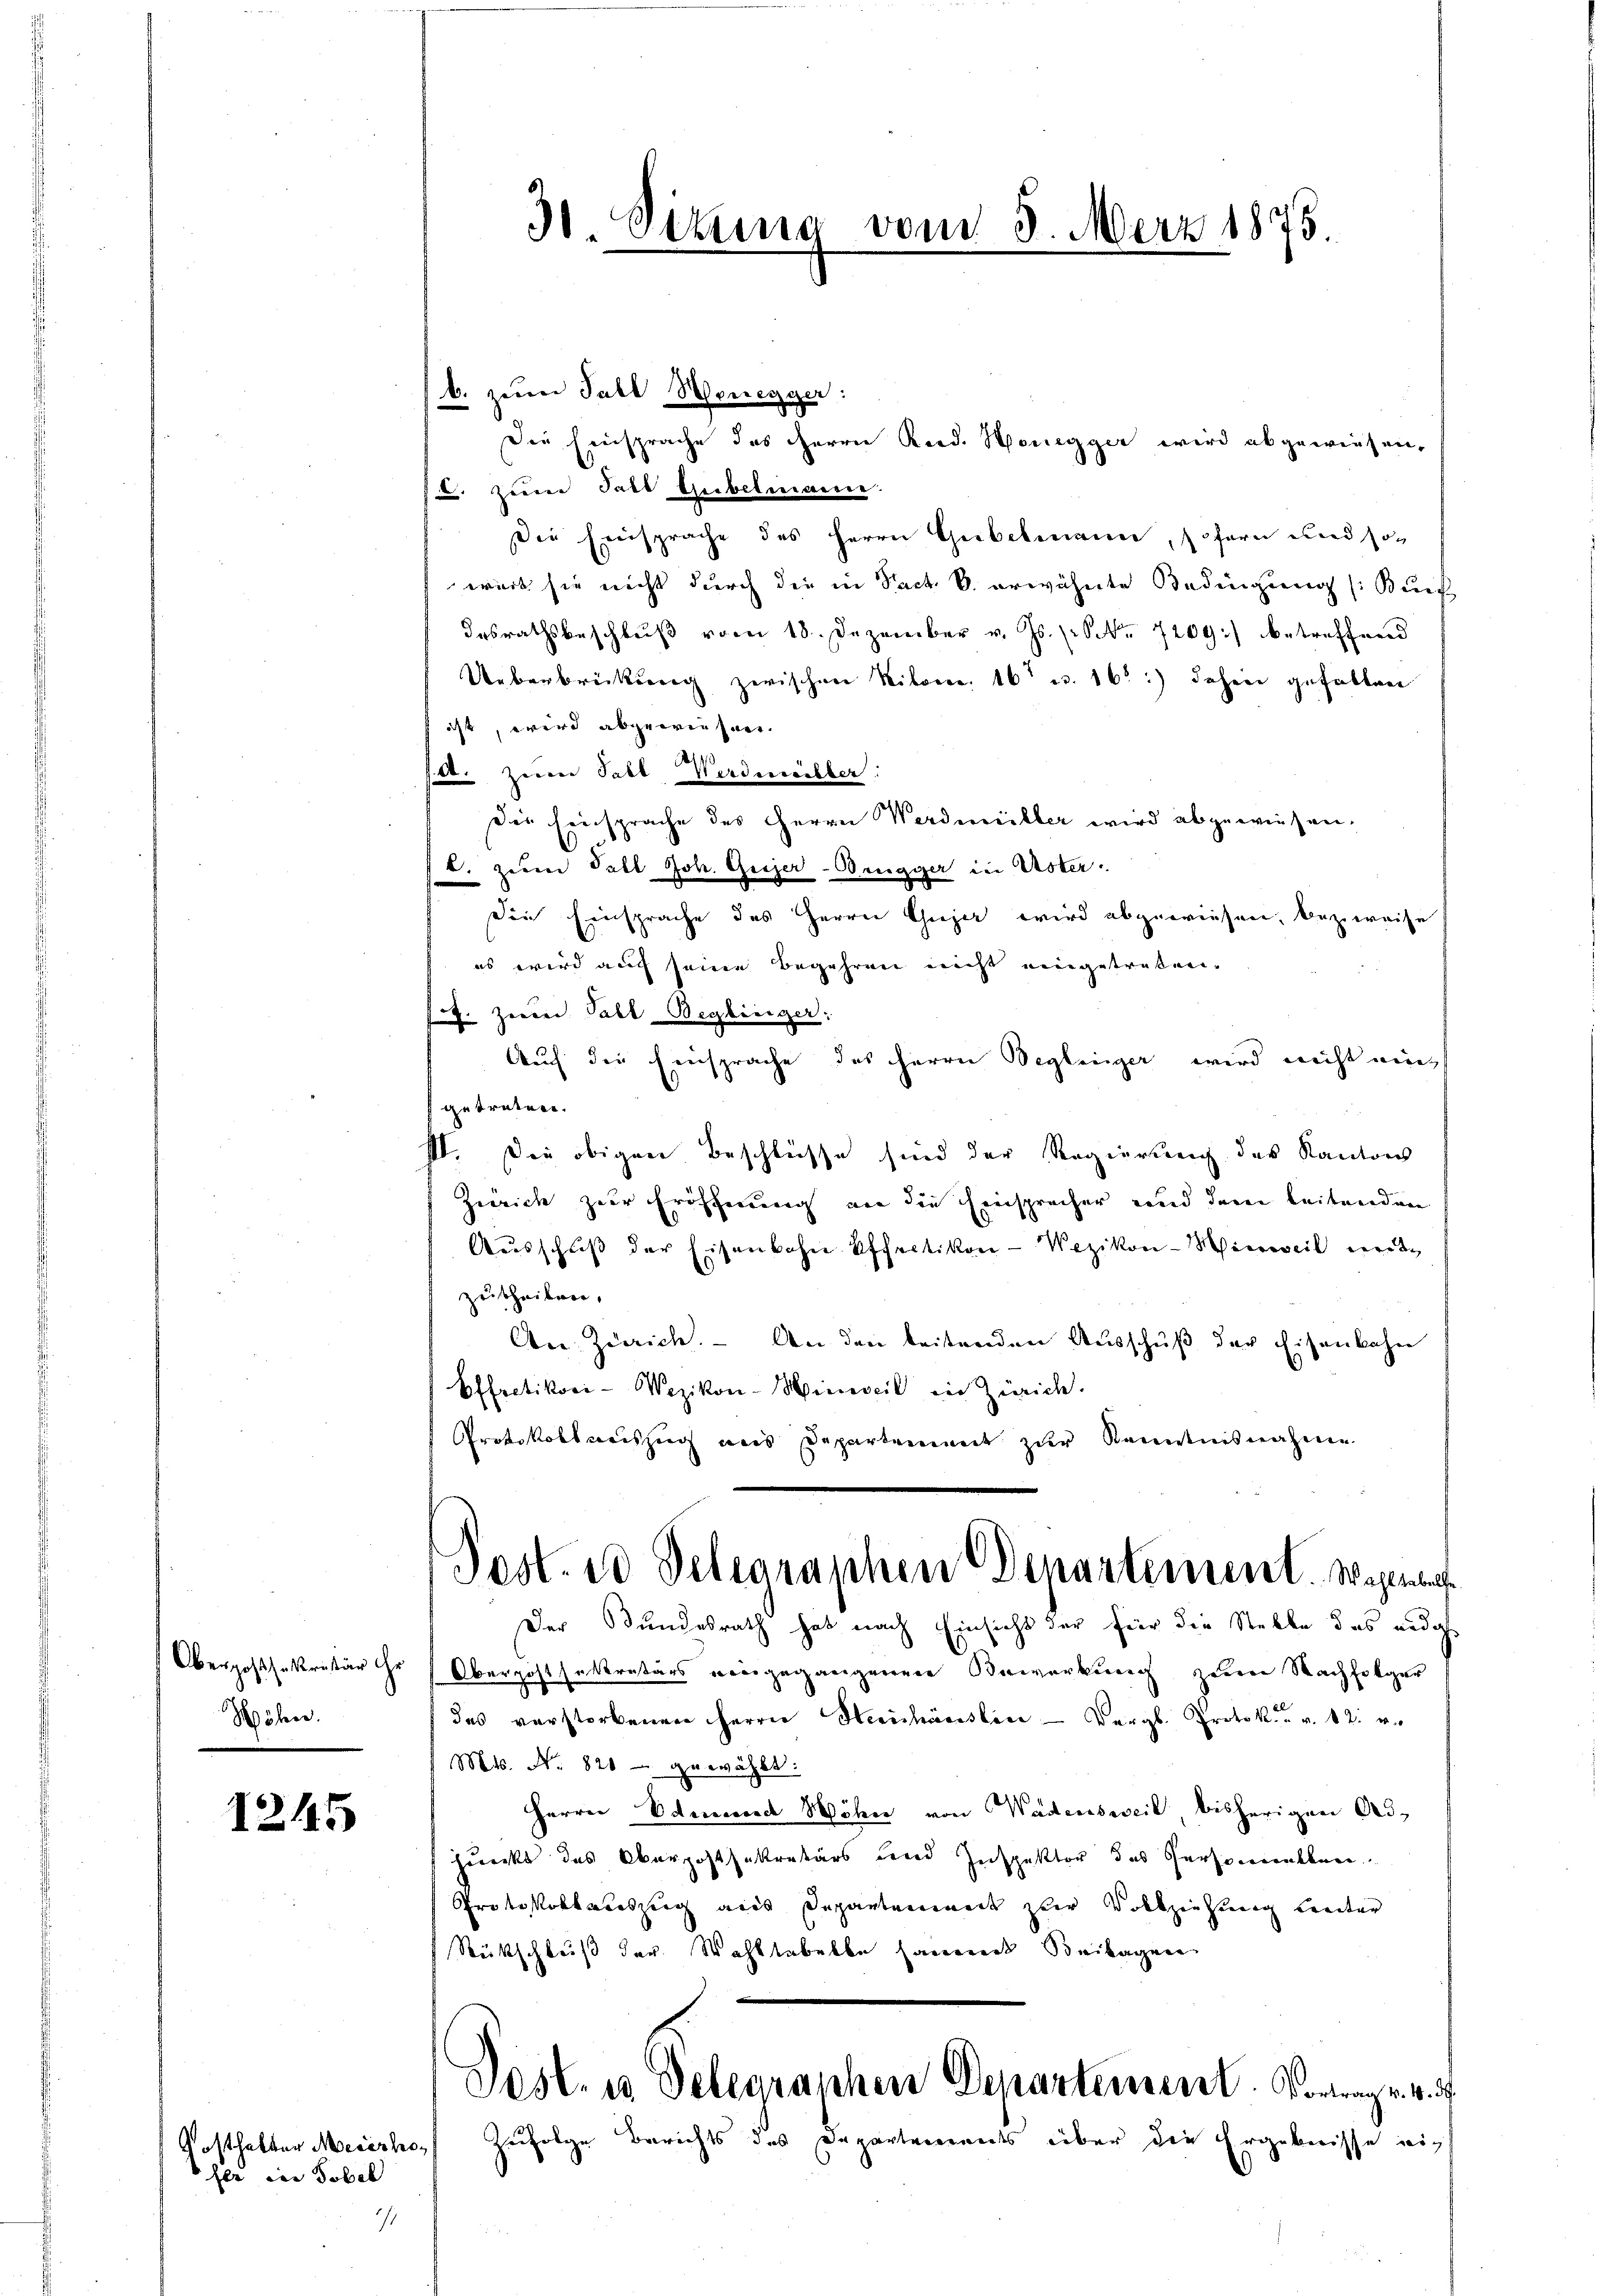
Obergossekretär ihr
Höhen.

1245

Posthalter Meierho
fer in Tobel

30 Sizung vom 3. März 1875.

b. zum Fall Senegger:
Die Einsprache des Herrn Rud. Honegger wird abgewiesen,
f zum Fall Gubelmannen.
Die Einsprache des Herrn Gubelmann, sofern und sowert sie nicht durch die in Sach B. erwähnte Bedingung (Bund
desrathsbeschlŭβ vom 18. Dezember v. Js. (Nr. 7209) betreffend
Ueberbrückung zwischen Kilome 16 u. 160:) daher gefallen
ist, wird abgewiesen.
set. Zwar Fall, Werdmüller:
Die Einsprache des Herrn Werdiniller wird abgewiesen.
C. zum Fall Joh. Geizer-Brugger in Uster
Die Einsprache des Herrn Gujer wird abgewiesen, bezweife
es wird auch seine Begehren nicht eingetreten.
f. zum Fall Beglinger:
Auch die Einsprache des Herrn Begleiger wird nicht eingetreten.
III. Die obigen Beschlüsse sind der Regierung des Kantons
Zürich zur Eröffnung an die Einspracher und dem beitrieden
Aŭsschŭβ der Eisenbahn Offertikon-Wezikon-Hinweil mit
zutheilen,
An. Zürich. - An den leitenden Ausschuß der Eisenbahn
Effretikoci-Wezikon-Hinweil in Zürich.
Protokollsauszug aus Departement zur Kenntnisnahme
Post. 20 Seligraphen Departement. Wahlen
Der Bundesrath hat nach Einsicht der für die Stelle das eidg
Oberpostsekretärs eingegangenen Bewirkung zum Nachfolger
das verstorbenen Herrn Henhäuslin Vergl. Protok. v. 12. v.
Mts. No. 820 - gewählt:
Herrn Edmund Wöhn von Wadensweil bisherigen Adjunkt das Oberhohlsekretärs und Inspektor des Personalben
Protokollauszug aus Departenwert zur Vollziehung treiter
Rütschluß der Wohltabelbe sament Beilagen
Post. in Delegraphen Departement. Vortrag v. 4.
Zufolge Berichts des Departements über die Ergebnisse ei¬